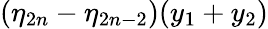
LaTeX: (\eta_{2n}-\eta_{2n-2})(y_{1}+y_{2})